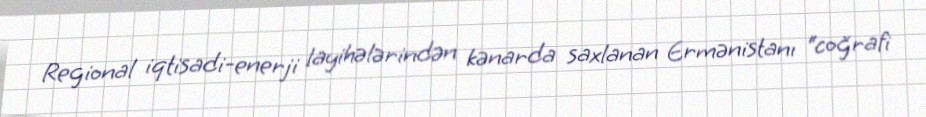
Regional iqtisadi-enerji layihələrindən kənarda saxlanan Ermənistanı “coğrafi